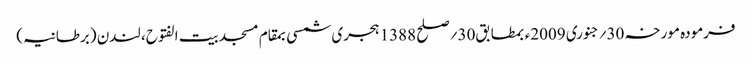
فرمودہ مورخہ 30؍جنوری 2009ء بمطابق30؍صلح 1388 ہجری شمسی بمقام مسجد بیت الفتوح، لندن (برطانیہ)